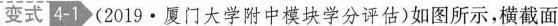
变式 4-1 (2019·厦门大学附中模块学分评估)如图所示，横截面